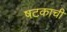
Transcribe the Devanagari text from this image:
षटकाची